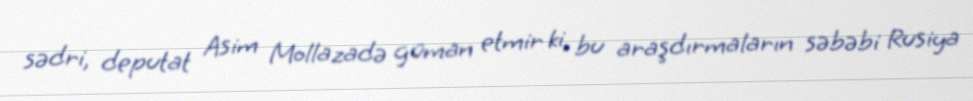
sədri, deputat Asim Mollazadə güman etmir ki, bu araşdırmaların səbəbi Rusiya